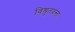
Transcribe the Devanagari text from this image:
विश्रुतवन्ता